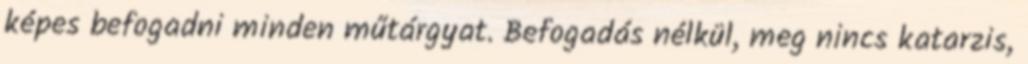
képes befogadni minden műtárgyat. Befogadás nélkül, meg nincs katarzis,